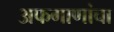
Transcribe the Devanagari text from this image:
अफगाणांचा